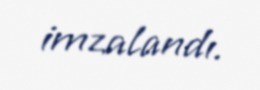
imzalandı.